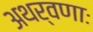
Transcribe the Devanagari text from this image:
अथर्वणाः